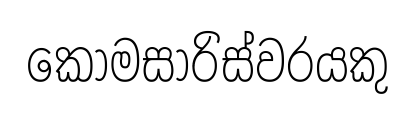
කොමසාරිස්වරයකු